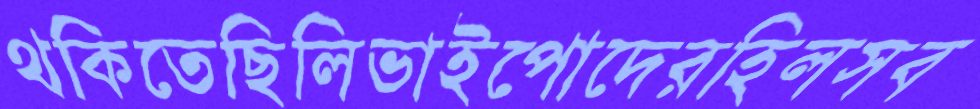
থকিতেছিলিভাইপোদেরহিলসব